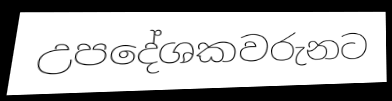
උපදේශකවරුනට